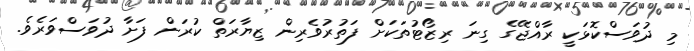
މި ދުވަސްކޮޅަކީ ރާއްޖޭގެ ގިނަ ރިޒޯޓުތަކަށް ފަތުރުވެރިން ޒިޔާރަތް ކުރަން ފަށާ ދުވަސްވަރެވެ.